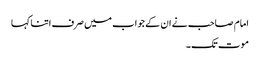
امام صاحب نے ان کے جواب میں صرف اتنا کہا
موت تک۔